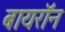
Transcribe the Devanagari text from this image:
बायरॉन